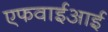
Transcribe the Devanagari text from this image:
एफवाईआई